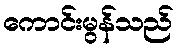
ကောင်းမွန်သည်